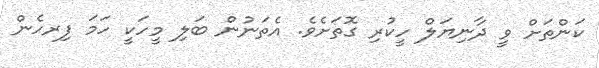
ކަންތަށް ވީ ދާނިޔަލް ހީކުރި ގޮތަށެވެ. އެތަނުން ބަލި މީހަކީ ހަމަ ފިރހެން